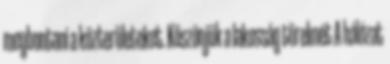
megbontani a közterületeket. Köszönjük a lakosság türelmét A hálózat